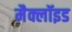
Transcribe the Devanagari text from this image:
मैक्लॉइड